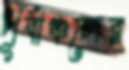
পূর্বাঞ্চলের